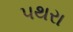
પથરા